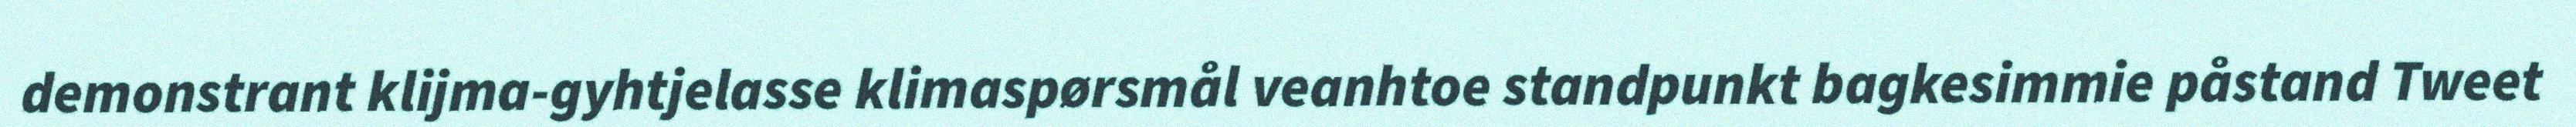
demonstrant klijma-gyhtjelasse klimaspørsmål veanhtoe standpunkt bagkesimmie påstand Tweet